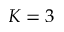
K = 3